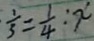
\frac { 1 } { 3 } = \frac { 1 } { 4 } : x